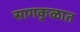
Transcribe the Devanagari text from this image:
सागकुळात